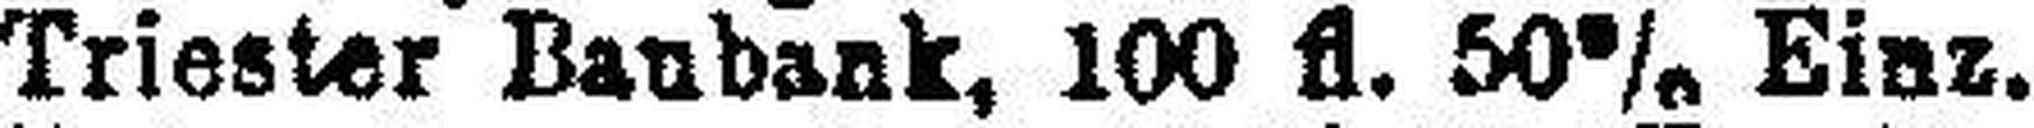
Triester Baubank, 100 fl. 50% Einz.